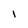
Character: i